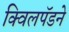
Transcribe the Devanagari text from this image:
क्विलपॅडने